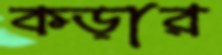
কড়ার